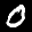
Label: 0